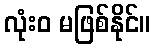
လုံးဝ မဖြစ်နိုင်။